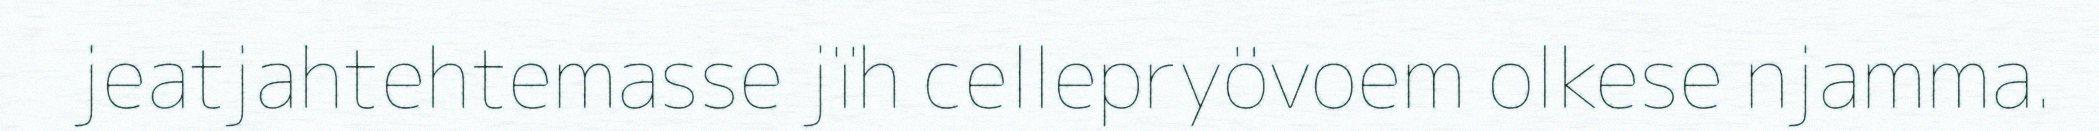
jeatjahtehtemasse jïh cellepryövoem olkese njamma.